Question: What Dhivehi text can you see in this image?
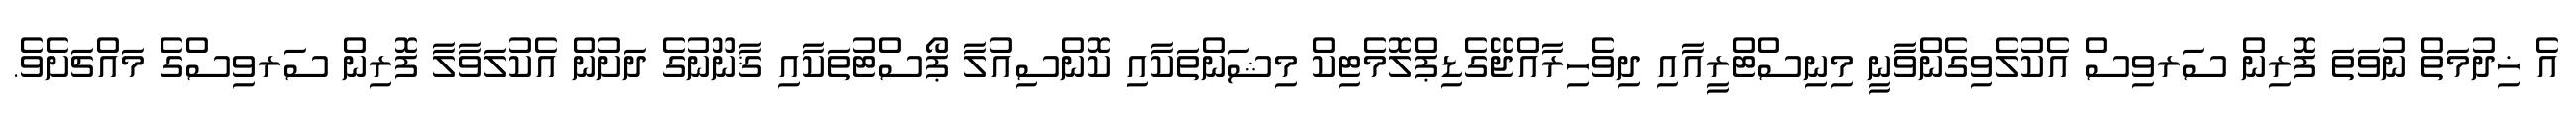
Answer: އެ ޚިދުމަތް ނުވަތަ ފޮރިން ސަރވިސް އެކުލެވިގެންވާނީ މިނިސްޓްރީއާއި ދިވެހިރާއްޖޭގެޑިޕްލޮމެޓިކް މިޝަންތަކާއި ކޮންސިއުލާ ޕޯސްޓުތަކާއި ޤާނޫނުގެ ދަށުން އެކުލަވާލާ ފޮރިން ސަރވިސްގެ މައްޗަށެވެ.